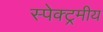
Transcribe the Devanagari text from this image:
स्पेक्ट्रमीय